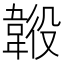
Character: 𩎶